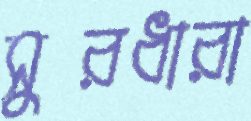
সুরধারা